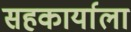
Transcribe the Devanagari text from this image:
सहकार्याला